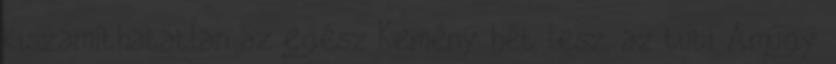
kiszámíthatatlan az egész Kemény hét lesz, az tuti Amúgy